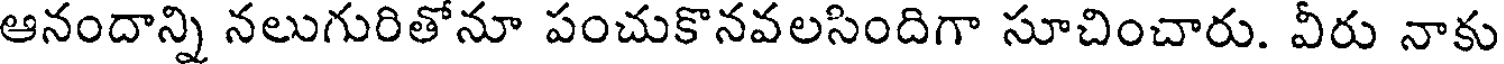
ఆనందాన్ని నలుగురితోనూ పంచుకొనవలసిందిగా సూచించారు. వీరు నాకు